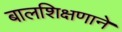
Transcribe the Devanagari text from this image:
बालशिक्षणाने